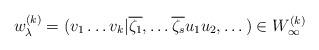
LaTeX: \begin{align*}w_{\lambda}^{(k)}=(v_1\dots v_k|\overline{\zeta_1},\dots\overline{\zeta_s}u_1u_2,\dots) \in W_{\infty}^{(k)}\end{align*}